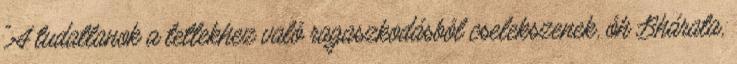
"A tudatlanok a tettekhez való ragaszkodásból cselekszenek, óh Bhárata,